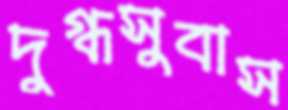
দুগ্ধসুবাস